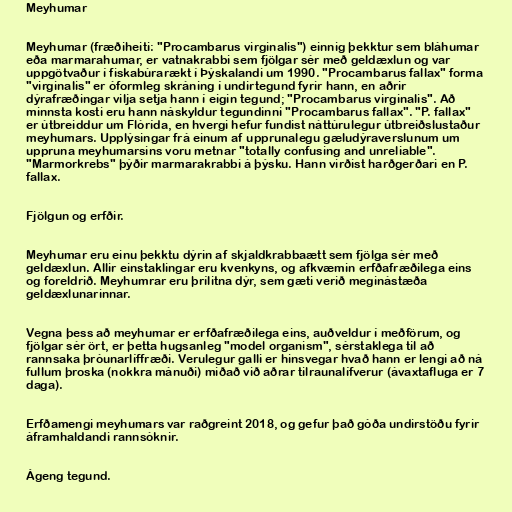
Meyhumar

Meyhumar (fræðiheiti: "Procambarus virginalis") einnig þekktur sem bláhumar
eða marmarahumar, er vatnakrabbi sem fjölgar sér með geldæxlun og var
uppgötvaður í fiskabúrarækt í Þýskalandi um 1990. "Procambarus fallax" forma
"virginalis" er óformleg skráning í undirtegund fyrir hann, en aðrir
dýrafræðingar vilja setja hann í eigin tegund; "Procambarus virginalis". Að
minnsta kosti eru hann náskyldur tegundinni "Procambarus fallax". "P. fallax"
er útbreiddur um Flórída, en hvergi hefur fundist náttúrulegur útbreiðslustaður
meyhumars. Upplýsingar frá einum af upprunalegu gæludýraverslunum um
uppruna meyhumarsins voru metnar "totally confusing and unreliable".
"Marmorkrebs" þýðir marmarakrabbi á þýsku. Hann virðist harðgerðari en P.
fallax.

Fjölgun og erfðir.

Meyhumar eru einu þekktu dýrin af skjaldkrabbaætt sem fjölga sér með
geldæxlun. Allir einstaklingar eru kvenkyns, og afkvæmin erfðafræðilega eins
og foreldrið. Meyhumrar eru þrílitna dýr, sem gæti verið meginástæða
geldæxlunarinnar.

Vegna þess að meyhumar er erfðafræðilega eins, auðveldur í meðförum, og
fjölgar sér ört, er þetta hugsanleg "model organism", sérstaklega til að
rannsaka þróunarlíffræði. Verulegur galli er hinsvegar hvað hann er lengi að ná
fullum þroska (nokkra mánuði) miðað við aðrar tilraunalífverur (ávaxtafluga er 7
daga).

Erfðamengi meyhumars var raðgreint 2018, og gefur það góða undirstöðu fyrir
áframhaldandi rannsóknir.

Ágeng tegund.